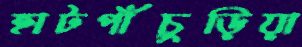
হাটপাঁচুড়িয়া